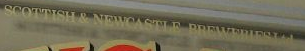
SCOTTISH&NEWCASTLE BREWERIESIAL